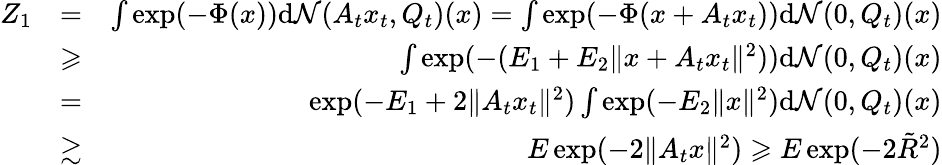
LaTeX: \begin{array}{rlr}{Z_{1}}&{=}&{\int\exp(-\Phi(x))\mathrm{d}\mathcal{N}(A_{t}x_{t},Q_{t})(x)=\int\exp(-\Phi(x+A_{t}x_{t}))\mathrm{d}\mathcal{N}(0,Q_{t})(x)}\\ &{\geqslant}&{\int\exp(-(E_{1}+E_{2}\| x+A_{t}x_{t}\| ^{2}))\mathrm{d}\mathcal{N}(0,Q_{t})(x)}\\ &{=}&{\exp(-E_{1}+2\| A_{t}x_{t}\| ^{2})\int\exp(-E_{2}\| x\| ^{2})\mathrm{d}\mathcal{N}(0,Q_{t})(x)}\\ &{\gtrsim}&{E\exp(-2\| A_{t}x\| ^{2})\geqslant E\exp(-2\tilde{R}^{2})}\end{array}